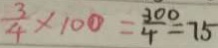
\frac { 3 } { 4 } \times 1 0 0 = \frac { 3 0 0 } { 4 } = 7 5